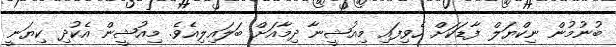
ބުނުމުން ނިކްޔަލް ފާޑަކަށް ހެވިފައި މިއުޝީނާ ދިމާއަށް ބަލައިލިއެވެ. މިއުޝީން އެކުދި ކިޔަނީ